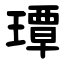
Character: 㻼